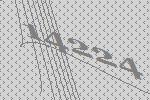
14224